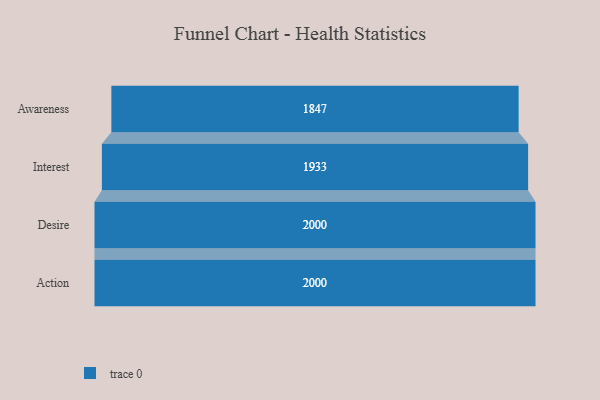
{"axis": {"x": "Stage", "y": "Value"}, "legend": [""], "data": [{"x": "Awareness", "y": 1847.0, "type": ""}, {"x": "Interest", "y": 1933.0, "type": ""}, {"x": "Desire", "y": 2000, "type": ""}, {"x": "Action", "y": 2000, "type": ""}]}